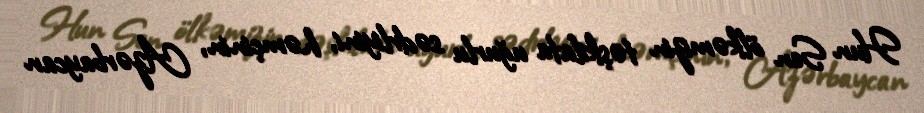
Hun Sen ölkəmizin təşkilata uğurlu sədrliyini, həmçinin, Azərbaycan